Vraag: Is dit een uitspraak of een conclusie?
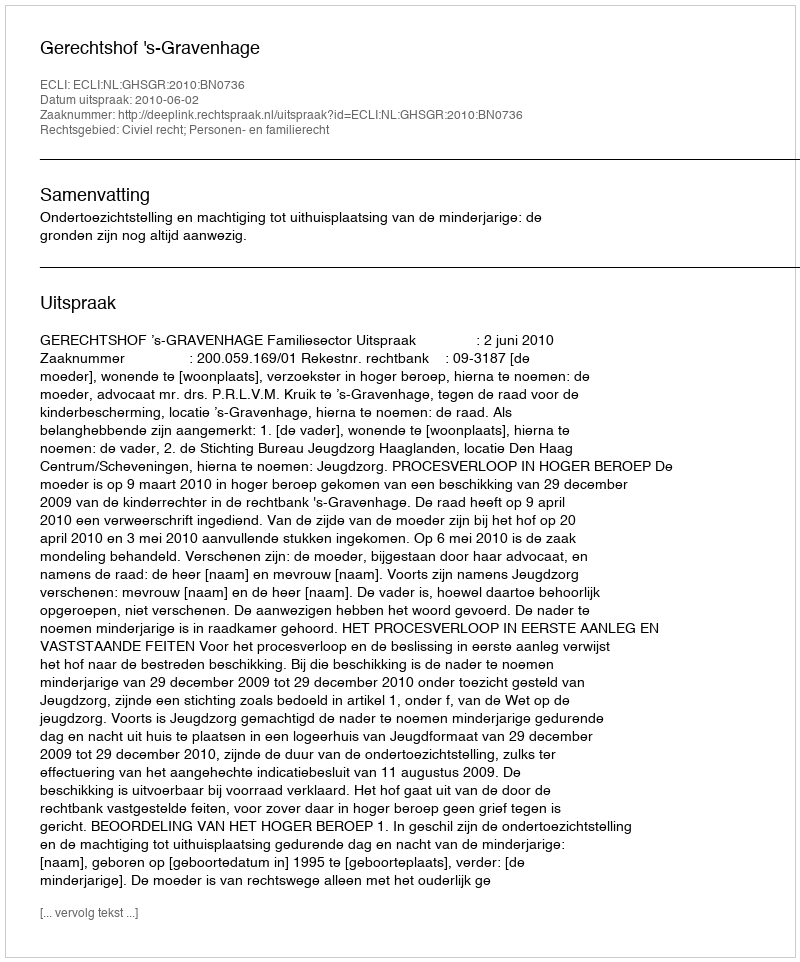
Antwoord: Uitspraak